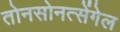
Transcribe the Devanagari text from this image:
तोनसोनत्सेंगेल